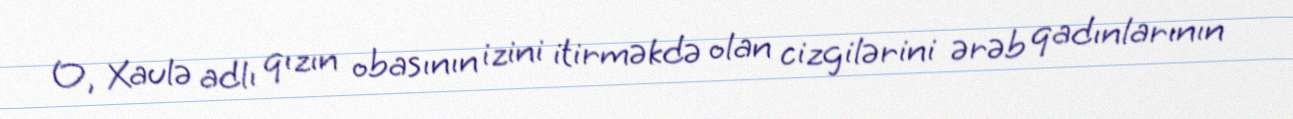
O, Xaulə adlı qızın obasının izini itirməkdə olan cizgilərini ərəb qadınlarının